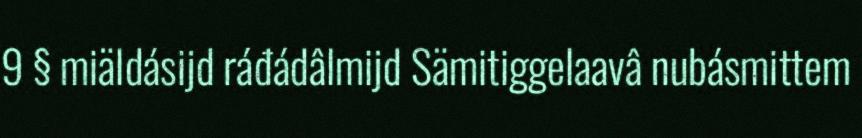
9 § miäldásijd ráđádâlmijd Sämitiggelaavâ nubásmittem